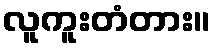
လူကူးတံတား။